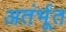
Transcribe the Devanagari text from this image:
अतंर्भूत